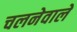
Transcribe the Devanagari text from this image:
चलनेवालें